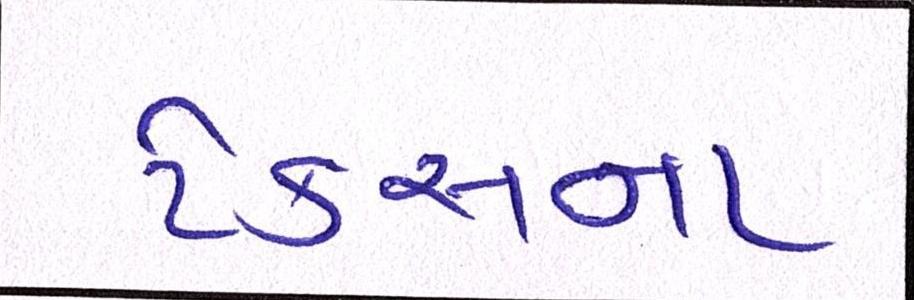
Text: ટેક્સના